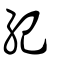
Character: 紀